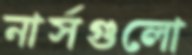
নার্সগুলো